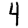
Digit: 4